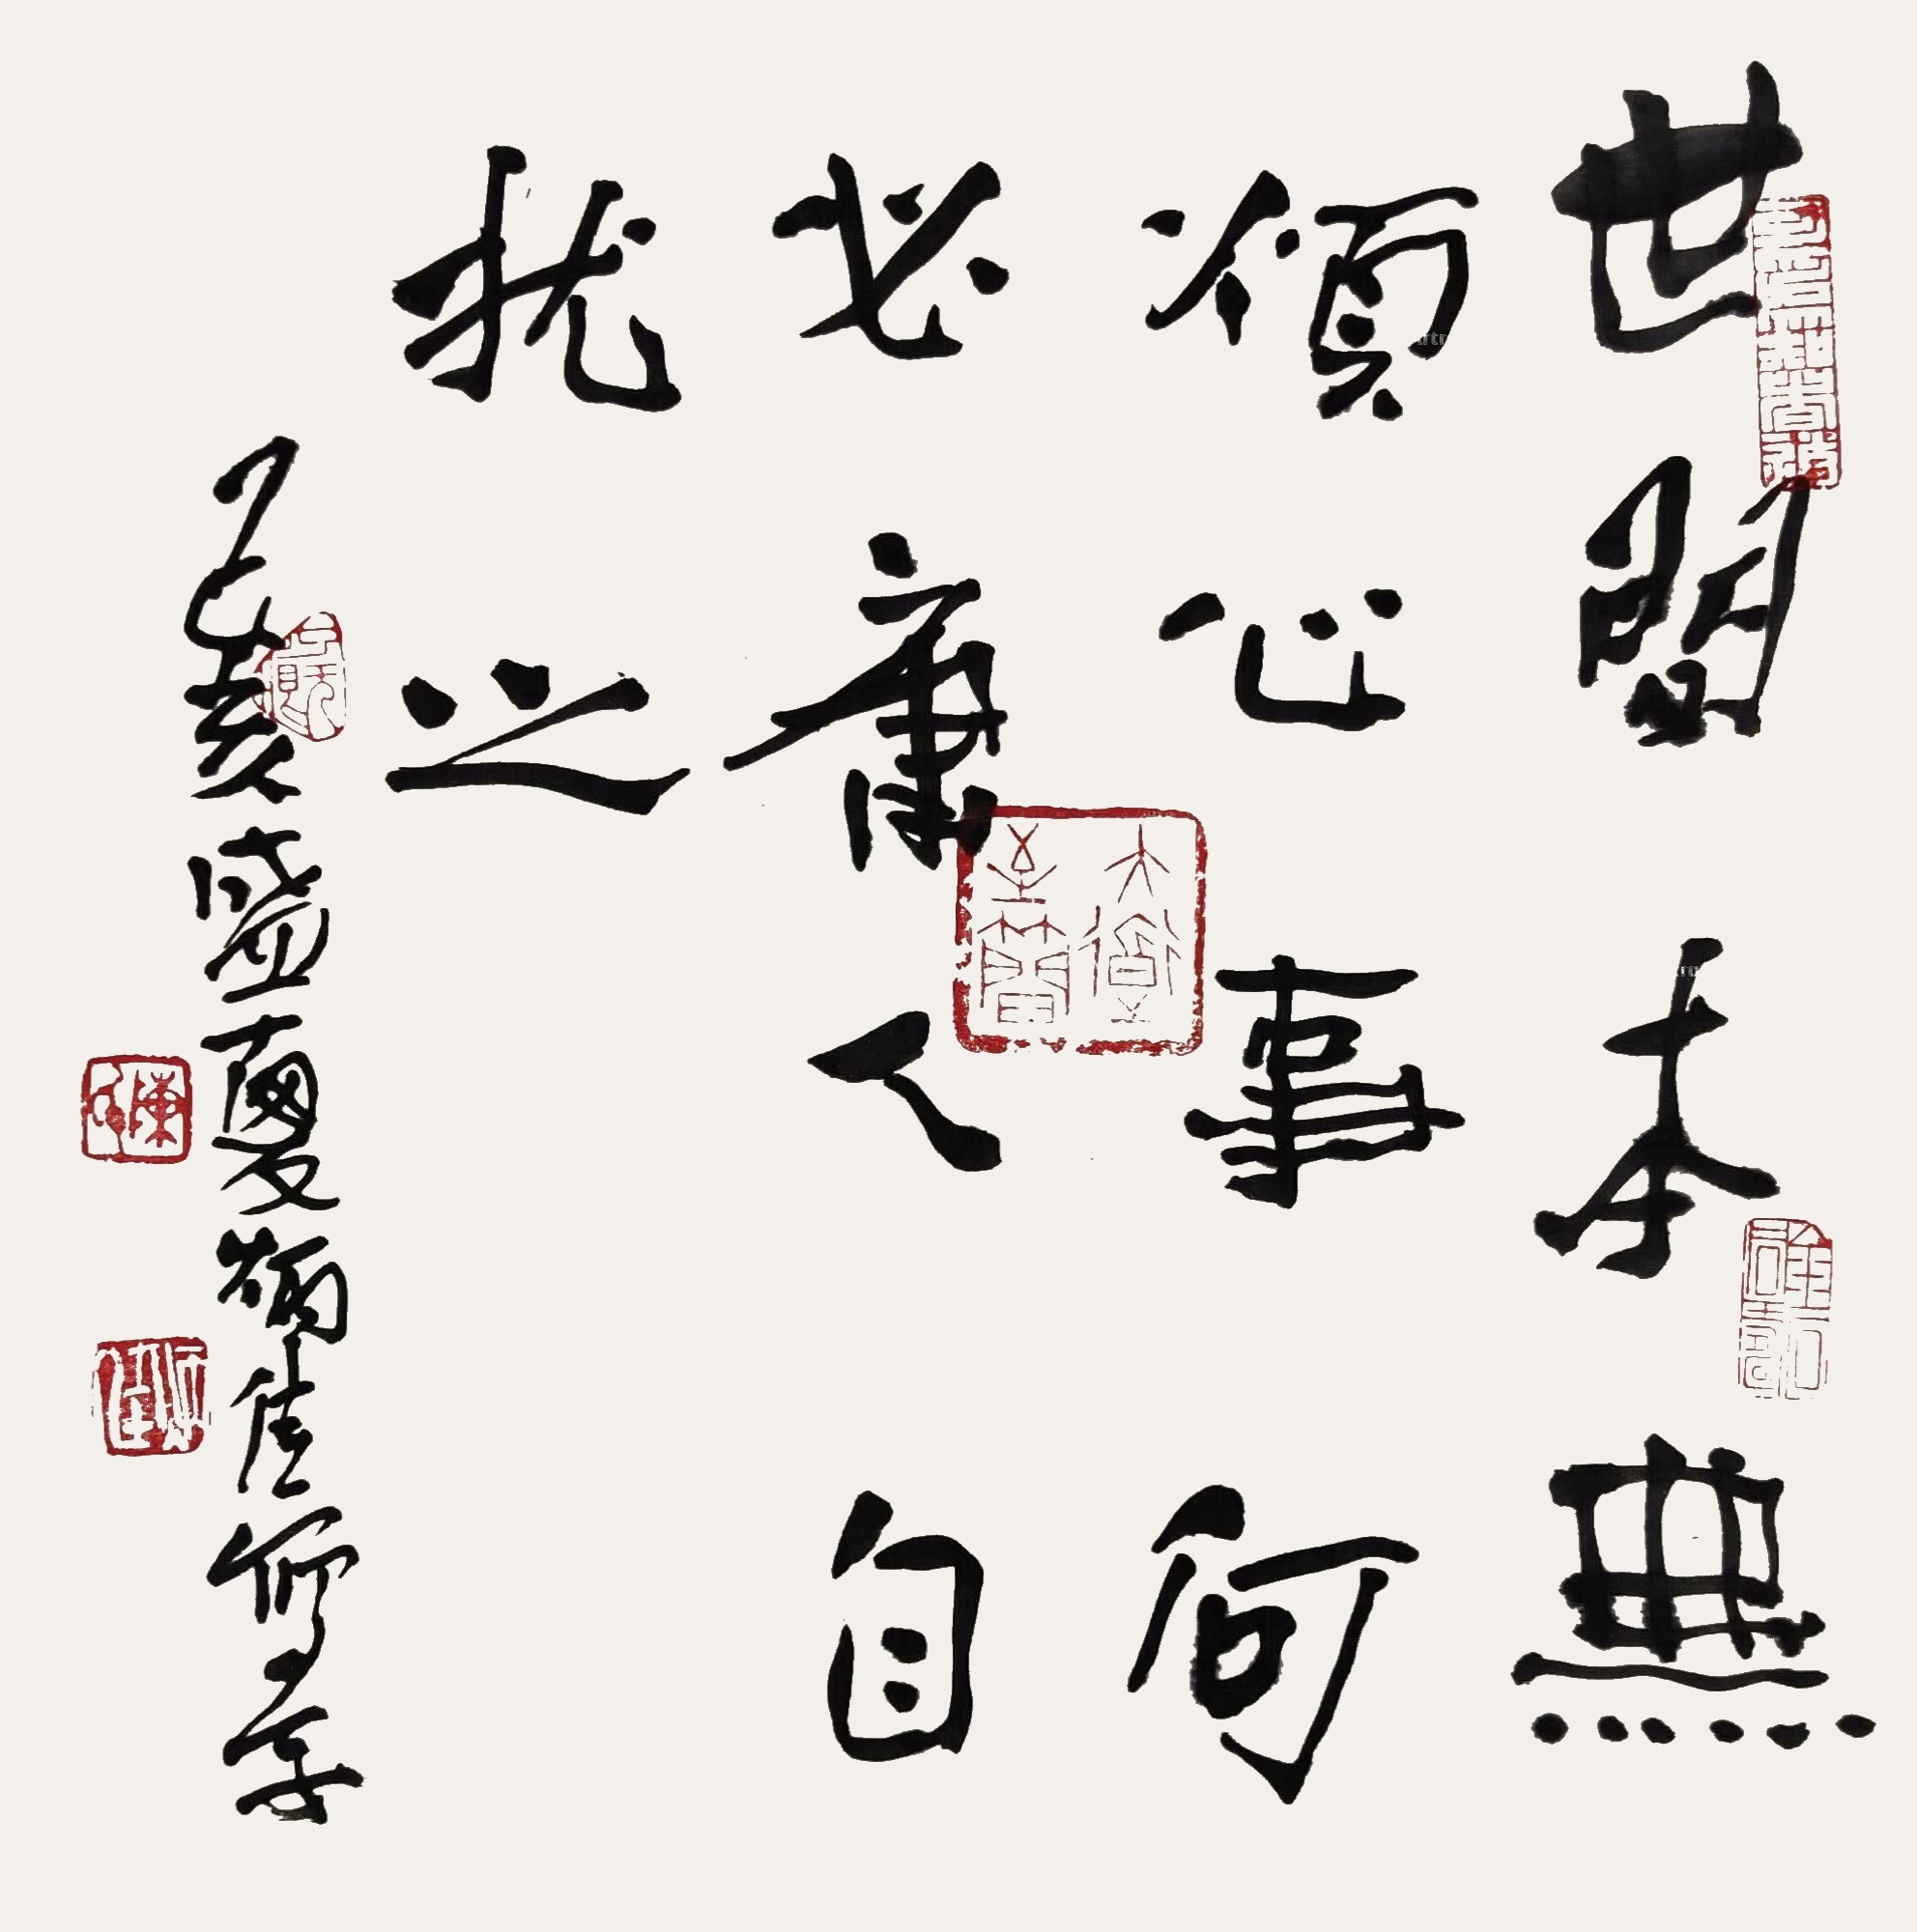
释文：世间本无烦心事，何必庸人自扰之。已亥盛夏炳佳写字。